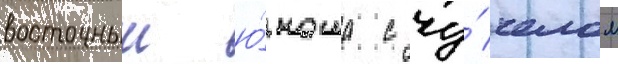
восточныи ю́ноша с чу́челом